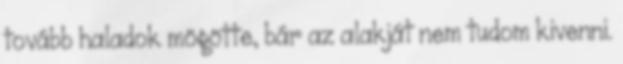
tovább haladok mögötte, bár az alakját nem tudom kivenni.